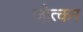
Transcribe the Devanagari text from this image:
जोत्कर